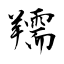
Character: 羺